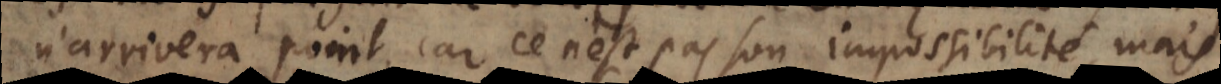
n’arrivera point, car ce n’est pas son impossibilité, mais